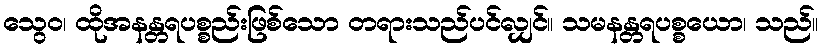
သွေဝ၊ ထိုအနန္တရပစ္စည်းဖြစ်သော တရားသည်ပင်လျှင်။ သမနန္တရပစ္စယော၊ သည်။